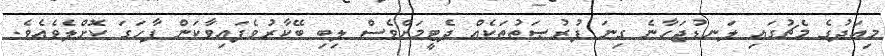
މިއަދުގެ މެޗުގައި ލަނޑުޖަހާނެ ގިނަ ފުރުޞަތުތަކެއް ދެޓީމަށްވެސް ލިބި ބޭކާރުވެފައިވާކަން ފާހަގަ ކޮށްލެވެއެވެ.